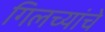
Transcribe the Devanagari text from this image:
गिलच्यांचे